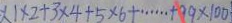
X 1 \times 2 + 3 \times 4 + 5 \times 6 + \cdots + 9 9 \times 1 0 0